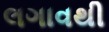
લગાવથી